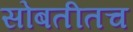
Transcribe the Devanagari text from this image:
सोबतीतच